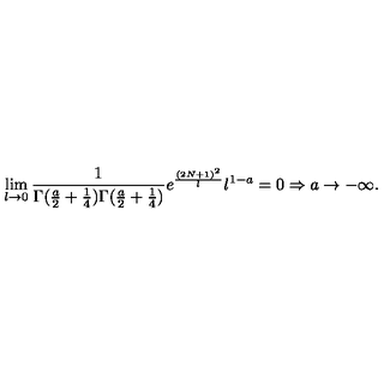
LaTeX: \lim _ { l \rightarrow 0 } \frac { 1 } { \Gamma ( \frac { a } { 2 } + \frac { 1 } { 4 } ) \Gamma ( \frac { a } { 2 } + \frac { 1 } { 4 } ) } e ^ { \frac { ( 2 N + 1 ) ^ { 2 } } { l } } l ^ { 1 - a } = 0 \Rightarrow a \rightarrow - \infty .